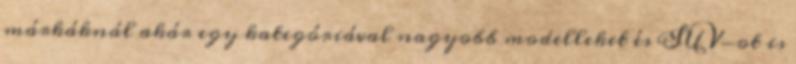
márkáknál akár egy kategóriával nagyobb modelleket és SUV-ot is